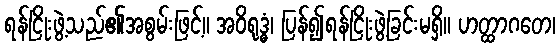
ရန်ငြိုးဖွဲ့သည်၏အစွမ်းဖြင့်။ အဝိရုဒ္ဓံ၊ ပြန်၍ရန်ငြိုးဖွဲ့ခြင်းမရှိ။ ဟတ္ထာဂတေ၊